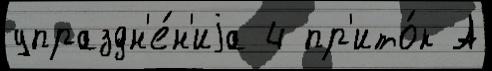
упраздн'е́н'иjа 4 пр'ито́к А